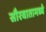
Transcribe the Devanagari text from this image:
सौरवातामध्ये